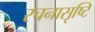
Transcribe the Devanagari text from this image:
रचनासृष्टि